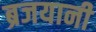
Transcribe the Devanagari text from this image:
ब्रजयानी